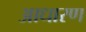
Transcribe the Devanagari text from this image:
आधारण